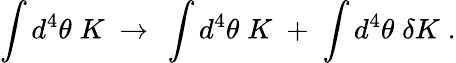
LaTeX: \int d^{4}\theta\; K\ \rightarrow\ \int d^{4}\theta\; K\; +\; \int d^{4}\theta\; \delta K\; .